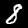
Digit: 8